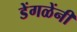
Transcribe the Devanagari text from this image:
डेंगळेंनी